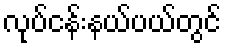
လုပ်ငန်းနယ်ပယ်တွင်